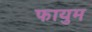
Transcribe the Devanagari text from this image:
फायुम